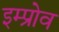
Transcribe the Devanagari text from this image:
इम्प्रोव